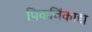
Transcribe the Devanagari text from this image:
पिकविंकाद्य